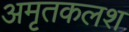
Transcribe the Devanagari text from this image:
अमृतकलश